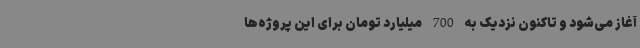
آغاز می‌شود و تاکنون نزدیک به 700 میلیارد تومان برای این پروژه‌ها